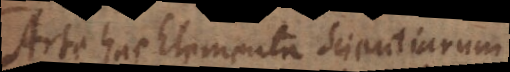
Arte hac Elementa Scientiarum